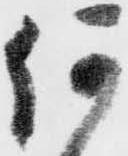
何